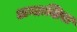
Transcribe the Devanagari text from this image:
अन्तःशिरा